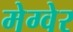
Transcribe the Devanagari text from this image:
मेग्वेर